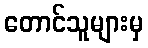
တောင်သူများမှ